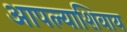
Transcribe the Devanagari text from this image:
आपल्याशिवाय